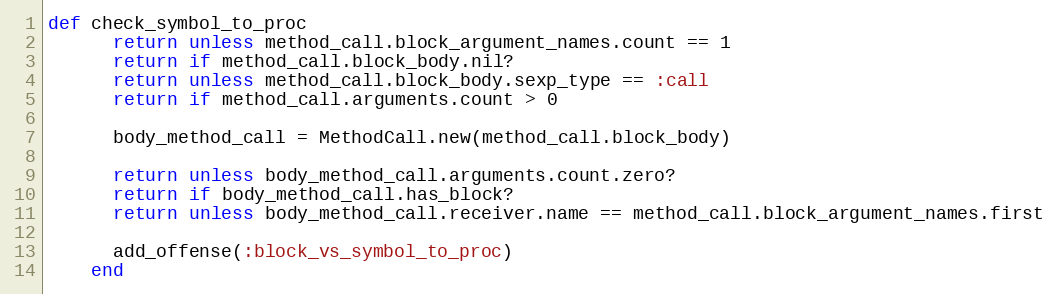
Language: Ruby
def check_symbol_to_proc
      return unless method_call.block_argument_names.count == 1
      return if method_call.block_body.nil?
      return unless method_call.block_body.sexp_type == :call
      return if method_call.arguments.count > 0

      body_method_call = MethodCall.new(method_call.block_body)

      return unless body_method_call.arguments.count.zero?
      return if body_method_call.has_block?
      return unless body_method_call.receiver.name == method_call.block_argument_names.first

      add_offense(:block_vs_symbol_to_proc)
    end